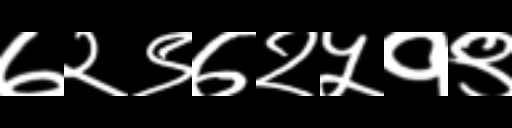
Text: ७२९७२५१९